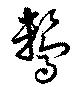
鷘